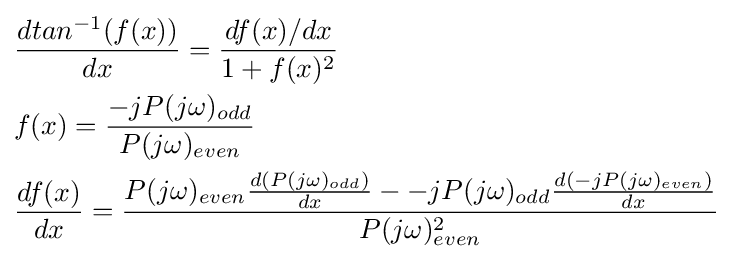
{\begin{aligned}&{\frac {dtan^{-1}(f(x))}{dx}}={\frac {df(x)/dx}{1+f(x)^{2}}}\\&f(x)={\frac {-jP(j\omega )_{odd}}{P(j\omega )_{even}}}\\&{\frac {df(x)}{dx}}={\frac {P(j\omega )_{even}{\frac {d(P(j\omega )_{odd})}{dx}}--jP(j\omega )_{odd}{\frac {d(-jP(j\omega )_{even})}{dx}}}{P(j\omega )_{even}^{2}}}\end{aligned}}